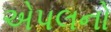
એપલનો